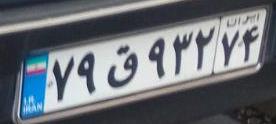
۷۹ق۹۳۲۷۴